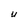
Character: u